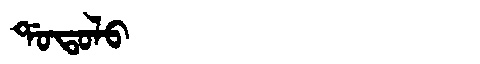
Manchu: ᡩᠣᡨᠣᠯᠣ
Romanization: DOTOLO